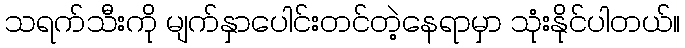
သရက်သီးကို မျက်နှာပေါင်းတင်တဲ့နေရာမှာ သုံးနိုင်ပါတယ်။